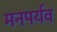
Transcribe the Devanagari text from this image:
मनपर्यव